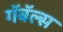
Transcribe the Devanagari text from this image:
गॅबॅल्स